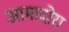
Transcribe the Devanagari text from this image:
आमादोरा